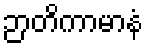
ဉာတိကာမာနံ